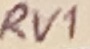
Text: RV1